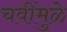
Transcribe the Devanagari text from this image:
चवींमुळे